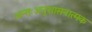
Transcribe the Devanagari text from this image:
अन्तःअनुशासनात्मक